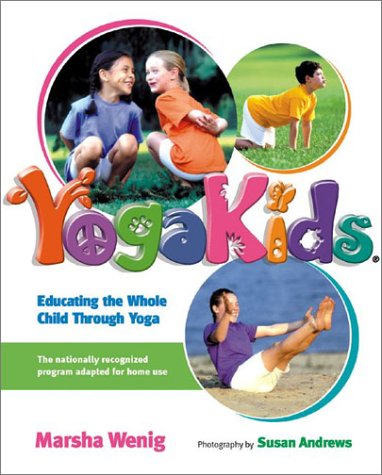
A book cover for YogaKids: Educating The Whole Child Through Yoga; Marsha Wenig; Health, Fitness & Dieting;